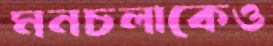
মনচলাকেও